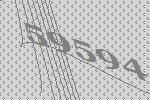
59594